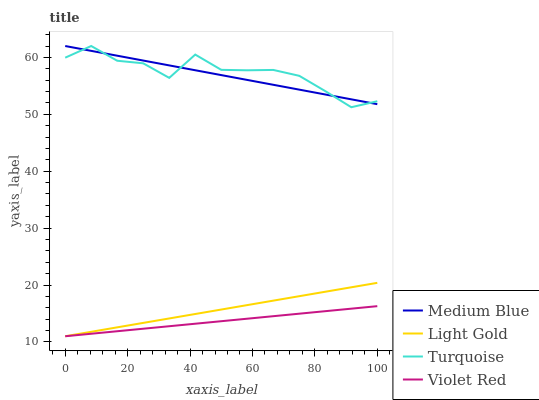
| xaxis_label | Medium Blue | Light Gold | Turquoise | Violet Red |
 | --- | --- | --- | --- | --- |
 | 0 | 62 | 11 | 59.9 | 11 |
 | 8.33 | 61.1 | 11.8 | 62 | 11.4 |
 | 16.7 | 60.3 | 12.6 | 59.4 | 11.9 |
 | 25 | 59.4 | 13.3 | 59 | 12.3 |
 | 33.3 | 58.6 | 14.1 | 56.4 | 12.8 |
 | 41.7 | 57.7 | 14.9 | 60.5 | 13.2 |
 | 50 | 56.9 | 15.7 | 57.8 | 13.6 |
 | 58.3 | 56 | 16.5 | 57.7 | 14.1 |
 | 66.7 | 55.2 | 17.3 | 57.8 | 14.5 |
 | 75 | 54.3 | 18 | 56.8 | 15 |
 | 83.3 | 53.5 | 18.8 | 54.1 | 15.4 |
 | 91.7 | 52.6 | 19.6 | 51.2 | 15.8 |
 | 100 | 51.8 | 20.4 | 52.3 | 16.3 |